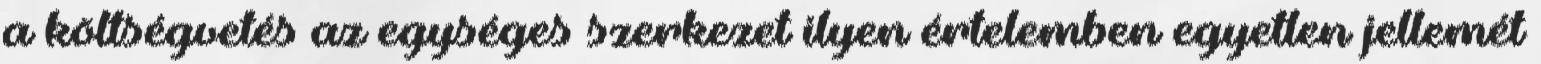
a költségvetés az egységes szerkezet ilyen értelemben egyetlen jellemét